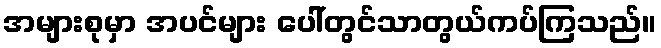
အများစုမှာ အပင်များ ပေါ်တွင်သာတွယ်ကပ်ကြသည်။